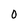
Character: 0